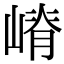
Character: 嵴